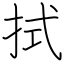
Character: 拭